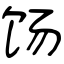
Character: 饧